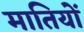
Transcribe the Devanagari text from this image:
मातियों